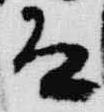
道